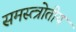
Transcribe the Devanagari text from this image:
समस्त्त्रोतीय